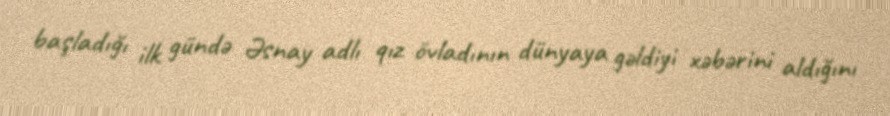
başladığı ilk gündə Əsnay adlı qız övladının dünyaya gəldiyi xəbərini aldığını